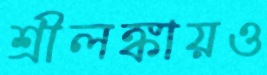
শ্রীলঙ্কায়ও